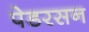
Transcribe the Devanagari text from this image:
पेडरसन